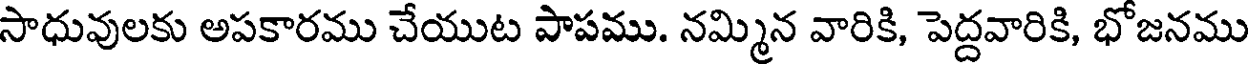
సాధువులకు అపకారము చేయుట పాపము. నమ్మిన వారికి, పెద్దవారికి, భోజనము